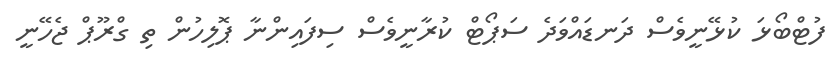
ފުޓްބޯޅަ ކުޅޭނީވެސް ދަނޑައްވަދެ ސަޕޯޓް ކުރާނީވެސް ސިފައިންނާ ޕޮލިހުން ތި ގްރޫޕް ޖެހޭނީ